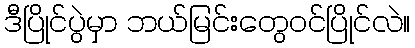
ဒီပြိုင်ပွဲမှာ ဘယ်မြင်းတွေဝင်ပြိုင်လဲ။